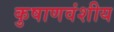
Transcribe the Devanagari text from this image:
कुषाणवंशीय